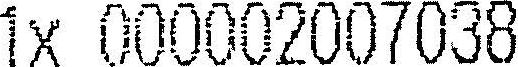
1X 000002007038